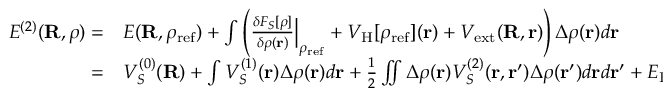
\begin{array} { r l } { E ^ { ( 2 ) } ( { \bf R } , \rho ) = } & { { } E ( { \bf R } , \rho _ { \mathrm { r e f } } ) + \int \left( \frac { \delta F _ { S } [ \rho ] } { \delta \rho ( { \bf r } ) } \Big \vert _ { \rho _ { \mathrm { r e f } } } + V _ { \mathrm { H } } [ \rho _ { \mathrm { r e f } } ] ( { \bf r } ) + V _ { \mathrm { e x t } } ( { \bf R , r } ) \right) \Delta \rho ( { \bf r } ) d { \bf r } } \\ { = } & { { } V _ { S } ^ { ( 0 ) } ( { \bf R } ) + \int V _ { S } ^ { ( 1 ) } ( { \bf r } ) \Delta \rho ( { \bf r } ) d { \bf r } + \frac { 1 } { 2 } \iint \Delta \rho ( { \bf r } ) V _ { S } ^ { ( 2 ) } ( { \bf r , r ^ { \prime } } ) \Delta \rho ( { \bf r ^ { \prime } } ) d { \bf r } d { \bf r ^ { \prime } } + E _ { \mathrm { H } } [ \Delta \rho ] , } \end{array}